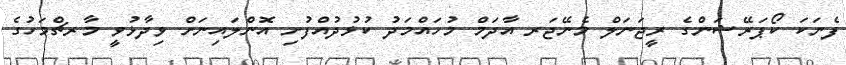
ފެނަކަ ކޯޕަރޭޝަންގެ ރީޖަނަލް މެނޭޖަރ އާދަމް މުހައްމަދު ކުޅުދުއްފުށި އޮންލައިނަށް ވިދާޅުވީ މާރޗްމަހުގެ